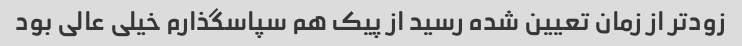
زود‌تر از زمان تعیین شده رسید از پیک هم سپاسگذارم خیلی عالی بود